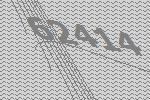
62414